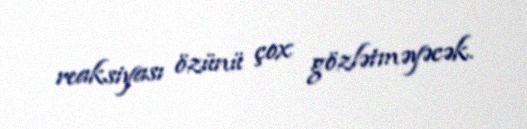
reaksiyası özünü çox gözlətməyəcək.